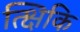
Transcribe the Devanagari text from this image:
त्क्षिकि